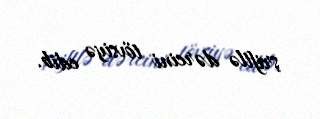
şriftlə dərcini tövsiyə edib.